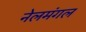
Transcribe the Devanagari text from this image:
नेलमंगल